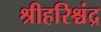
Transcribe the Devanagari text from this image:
श्रीहरिश्चंद्र